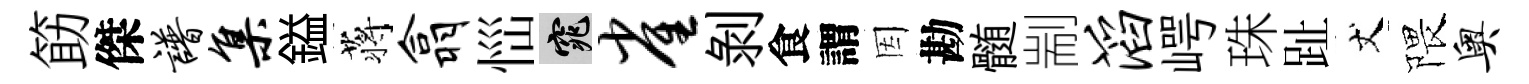
筯傑谱集鎰蒋翕𢙉窕雀剝食謂因勘髄剬滔崿珠趾丈隈奥